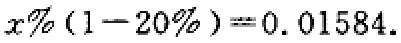
$x\%(1 - 20\%) = 0.01584$